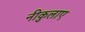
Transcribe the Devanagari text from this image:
नीकुलाए